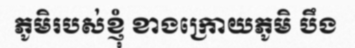
ភូមិរបស់ខ្ញុំ ខាងក្រោយភូមិ បឹង